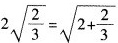
$$2 \sqrt { \frac { 2 }{ 3 }} = \sqrt { 2 + \frac { 2 }{ 3 }}$$，